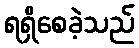
ရရှိစေခဲ့သည်